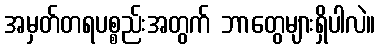
အမှတ်တရပစ္စည်းအတွက် ဘာတွေများရှိပါလဲ။